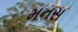
મનસ